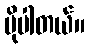
ပိုပါတယ်။